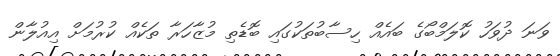
ވަނަ ދުވަހު ކޮލަމްބޯގެ ބައެއް ހިސާބުތަކުގައި ބޮޑެތި މުޒާހަރާ ތަކެއް ކުރުމަށް އިއުލާން